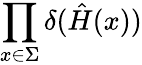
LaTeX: \prod_{x\in\Sigma}\delta({\hat{H}}(x))